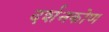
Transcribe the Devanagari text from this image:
दर्शनकोण